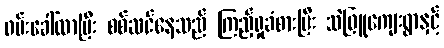
ဖမ်းခေါ်လာပြီး စစ်ဆင်နေသည် ကြည့်ရှုခံစားပြီး သဲဖြူကျေးရွာနှင့်